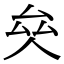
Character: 𠫯